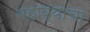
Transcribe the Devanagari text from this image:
बहाव्याचा